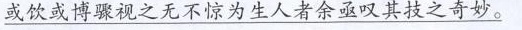
或饮或博骤视之无不惊为生人者余亟叹其技之奇妙。